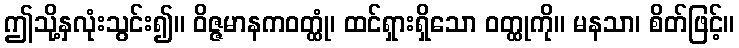
ဤသို့နှလုံးသွင်း၍။ ဝိဇ္ဇမာနကဝတ္ထုံ၊ ထင်ရှားရှိသော ဝတ္ထုကို။ မနသာ၊ စိတ်ဖြင့်။